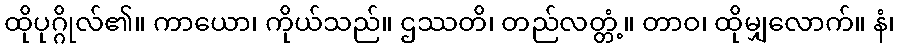
ထိုပုဂ္ဂိုလ်၏။ ကာယော၊ ကိုယ်သည်။ ဌဿတိ၊ တည်လတ္တံ့။ တာဝ၊ ထိုမျှလောက်။ နံ၊